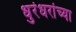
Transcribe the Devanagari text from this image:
धुरंधरांच्या